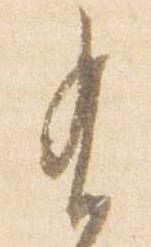
有